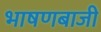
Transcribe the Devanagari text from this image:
भाषणबाजी